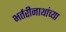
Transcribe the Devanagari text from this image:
भर्तरीनाथांच्या